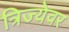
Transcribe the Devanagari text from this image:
त्रिज्येवर